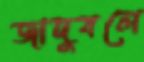
জাদুবলে